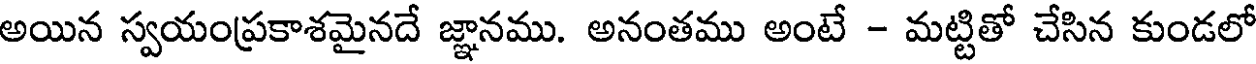
అయిన స్వయంప్రకాశమైనదే జ్ఞానము. అనంతము అంటే - మట్టితో చేసిన కుండలో